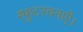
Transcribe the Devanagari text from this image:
स्फुटरचनाएँ।